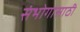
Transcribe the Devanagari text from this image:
संभोगासाठी